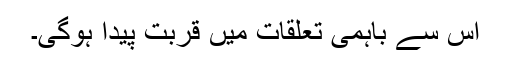
اس سے باہمی تعلقات میں قربت پیدا ہوگی۔